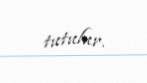
tutulur.